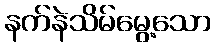
နက်နဲသိမ်မွေ့သော